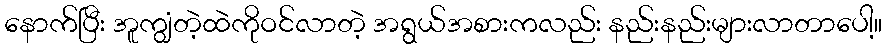
နောက်ပြီး အူကျွံတဲ့ထဲကိုဝင်လာတဲ့ အရွယ်အစားကလည်း နည်းနည်းများလာတာပေါ့။